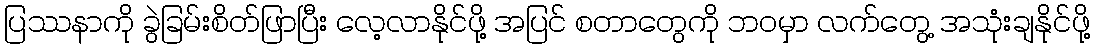
ပြဿနာကို ခွဲခြမ်းစိတ်ဖြာပြီး လေ့လာနိုင်ဖို့ အပြင် စတာတွေကို ဘဝမှာ လက်တွေ့ အသုံးချနိုင်ဖို့